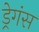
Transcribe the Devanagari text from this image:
ड्रेगंस